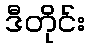
ဒီတိုင်း